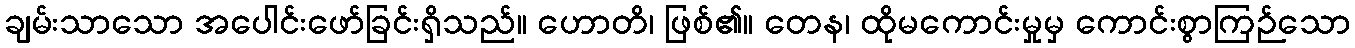
ချမ်းသာသော အပေါင်းဖော်ခြင်းရှိသည်။ ဟောတိ၊ ဖြစ်၏။ တေန၊ ထိုမကောင်းမှုမှ ကောင်းစွာကြဉ်သော